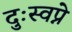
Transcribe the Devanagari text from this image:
दुःस्वप्ने